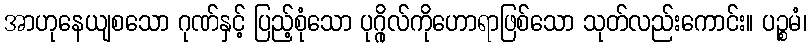
အာဟုနေယျစသော ဂုဏ်နှင့် ပြည့်စုံသော ပုဂ္ဂိုလ်ကိုဟောရာဖြစ်သော သုတ်လည်းကောင်း။ ပဉ္စမံ၊